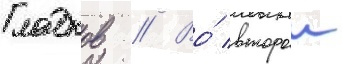
Гладков // Во́ второи